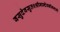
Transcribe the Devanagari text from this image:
वसुदेवसुतश्श्रीमान्देवकीनन्दनो